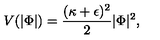
V ( | \Phi | ) = { \frac { ( \kappa + \epsilon ) ^ { 2 } } { 2 } } | \Phi | ^ { 2 } ,